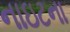
નાઇટના